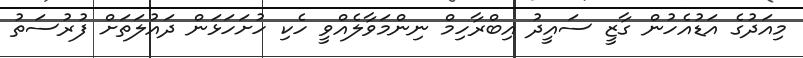
މިއަދުގެ އަޑުއެހުން ގާޒީ ސައީދު އިބްރާހިމް ނިންމަވާލެއްވީ ހެކި ހުށަހަޅަން ދައުލަތަށް ފުރުސަތު